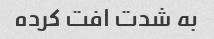
به شدت افت کرده